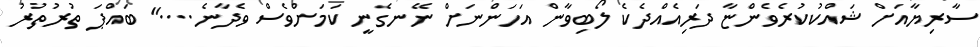
ސާރިޔާއަށް ޝައްކުކުރެވެންޏާ ދަރިއެއްދެކެ ލޯބިވާން އަހަންނަށް ނޭނގެނީ ކަމަށްވެސް ވެދާނެ...." ބައްޕަ ތުރުތުރު